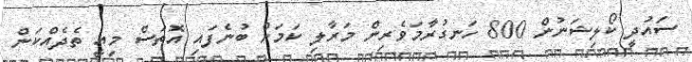
ސައުދީ ކޯލިޝަނުން 800 ހަނގުރާމަވެރިން މަރާލި ކަމަށް ބުނެފައި އޮތަސް މިއީ ތެދެއްކަން